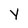
Character: Y